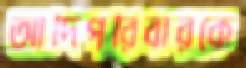
আদিপরিবারকে